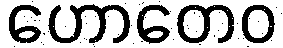
ဟောတေဝ